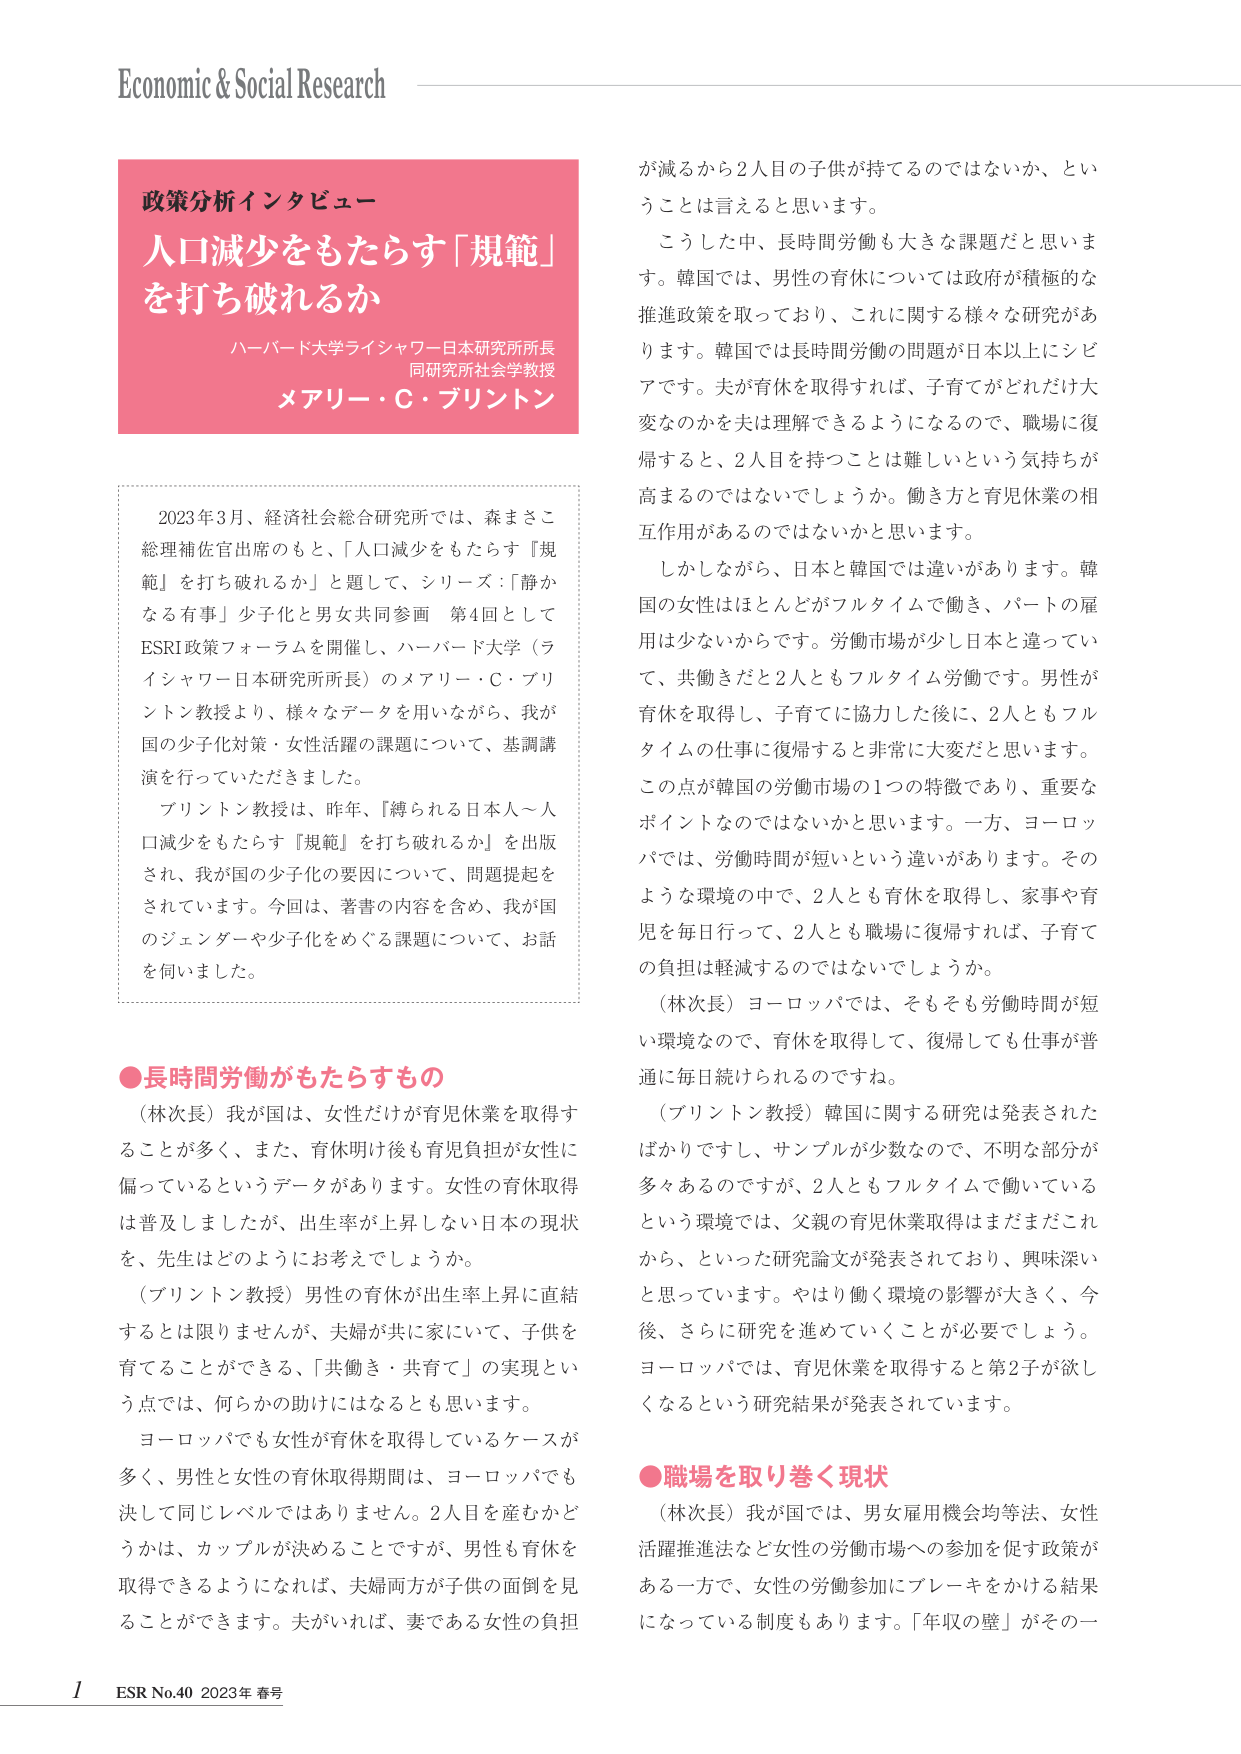
Economic & Social Research

政策分析インタビュー
人口減少をもたらす「規範」
を打ち破れるか
ハーバード大学ライシャワー日本研究所所長
同研究所社会学教授
メアリー・Ｃ・プリントン

2023年3月、経済社会総合研究所では、森まさこ
総理補佐官出席のもと、「人口減少をもたらす『規
範』を打ち破れるか」と題して、シリーズ：「静か
なる有事」少子化と男女共同参画 第4回として
ESRI政策フォーラムを開催し、ハーバード大学（ラ
イシャワー日本研究所所長）のメアリー・Ｃ・プリ
ントン教授より、様々なデータを用いながら、我が
国の少子化対策・女性活躍の課題について、基調講
演を行っていただきました。
プリントン教授は、昨年、「縛られる日本人～人
口減少をもたらす『規範』を打ち破れるか」を出版
され、我が国の少子化の要因について、問題提起を
されています。今回は、著書の内容を含め、我が国
のジェンダーや少子化をめぐる課題について、お話
を伺いました。

●長時間労働がもたらすもの
（林次長）我が国は、女性だけが育児休業を取得す
ることが多く、また、育休明け後も育児負担が女性に
偏っているというデータがあります。女性の育休取得
は普及しましたが、出生率が上昇しない日本の現状
を、先生はどのようにお考えでしょうか。
（プリントン教授）男性の育休が出生率上昇に直結
するとは限りませんが、夫婦が共に家にいて、子供を
育てることができる、「共働き・共育て」の実現とい
う点では、何らかの助けにはなるとも思います。
ヨーロッパでも女性が育休を取得しているケースが
多く、男性と女性の育休取得期間は、ヨーロッパでも
決して同じレベルではありません。2人目を産むかど
うかは、カップルが決めることですが、男性も育休を
取得できるようになれば、夫婦両方が子供の面倒を見
ることができます。夫がいれば、妻である女性の負担

が減るから2人目の子供が持てるのではないか、とい
うことは言えると思います。
こうした中、長時間労働も大きな課題だと思いま
す。韓国では、男性の育休については政府が積極的な
推進政策を取っており、これに関する様々な研究があ
ります。韓国では長時間労働の問題が日本以上にシビ
アです。夫が育休を取得すれば、子育てがどれだけ大
変なのかを夫は理解できるようになるので、職場に復
帰すると、2人目を持つことは難しいという気持ちが
高まるのではないでしょうか。働き方と育児休業の相
互作用があるのではないかと思います。
しかしながら、日本と韓国では違いがあります。韓
国の女性はほとんどがフルタイムで働き、パートの雇
用は少ないからです。労働市場が少し日本と違ってい
て、共働きだと2人ともフルタイム労働です。男性が
育休を取得し、子育てに協力した後に、2人ともフル
タイムの仕事に復帰すると非常に大変だと思います。
この点が韓国の労働市場の1つの特徴であり、重要な
ポイントなのではないかと思います。一方、ヨーロッ
パでは、労働時間が短いという違いがあります。その
ような環境の中で、2人とも育休を取得し、家事や育
児を毎日行って、2人とも職場に復帰すれば、子育て
の負担は軽減するのではないでしょうか。
（林次長）ヨーロッパでは、そもそも労働時間が短
い環境なので、育休を取得して、復帰しても仕事が普
通に毎日続けられるのですね。
（プリントン教授）韓国に関する研究は発表された
ばかりですし、サンプルが少数なので、不明な部分が
多くあるのですが、2人ともフルタイムで働いている
という環境では、父親の育児休業取得はまだまだこれ
から、といった研究論文が発表されており、興味深い
と思っています。やはり働く環境の影響が大きく、今
後、さらに研究を進めていくことが必要でしょう。
ヨーロッパでは、育児休業を取得すると第2子が欲し
くなるという研究結果が発表されています。

●職場を取り巻く現状
（林次長）我が国では、男女雇用機会均等法、女性
活躍推進法など女性の労働市場への参加を促す政策が
ある一方で、女性の労働参加にブレーキをかける結果
になっている制度もあります。「年収の壁」がその一

1 ESR No.40 2023年 春号